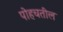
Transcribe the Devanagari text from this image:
पोहचतील